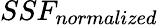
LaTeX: SSF_{normalized}